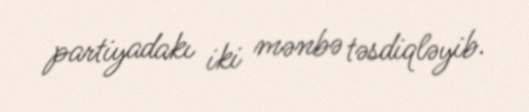
partiyadakı iki mənbə təsdiqləyib.